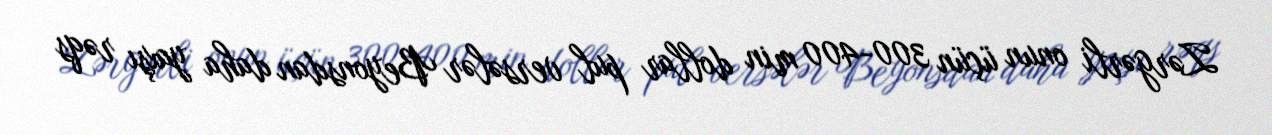
Zərgərli onun üçün 300-400 min dollar pul versələr Beyonsdan daha yaxşı rəqs